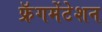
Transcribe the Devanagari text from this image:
फ्रॅगमेंटेशन